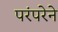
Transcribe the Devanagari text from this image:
परंंपरेने